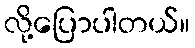
လို့ပြောပါတယ်။